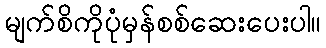
မျက်စိကိုပုံမှန်စစ်ဆေးပေးပါ။